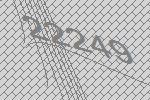
22249